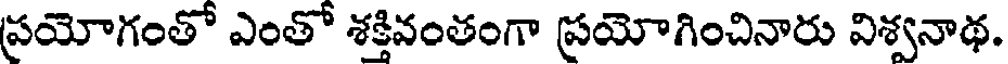
ప్రయోగంతో ఎంతో శక్తివంతంగా ప్రయోగించినారు విశ్వనాథ.